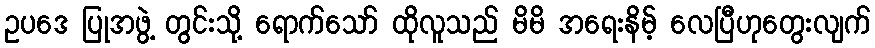
ဥပဒေ ပြုအဖွဲ့ တွင်းသို့ ရောက်သော် ထိုလူသည် မိမိ အရေးနိမ့် လေပြီဟုတွေးလျက်